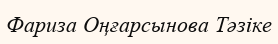
Фариза Оңғарсынова Тәзіке